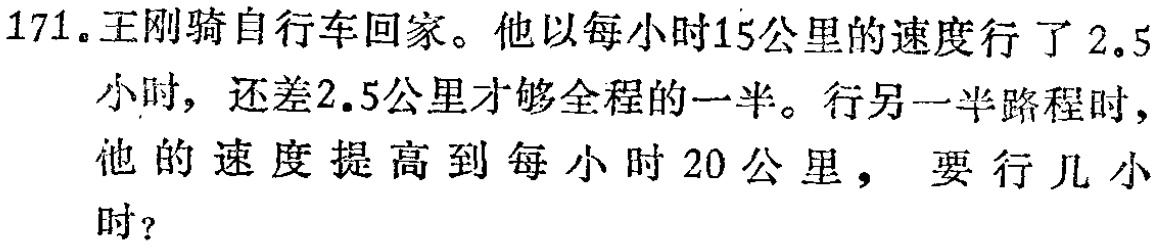
171.王刚骑自行车回家。他以每小时15公里的速度行了2.5小时，还差2.5公里才够全程的一半。行另一半路程时，他的速度提高到每小时20公里， 要行几小时？